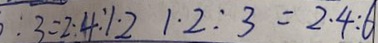
: 3 = 2 . 4 : 1 . 2 1 . 2 : 3 = 2 . 4 : 6